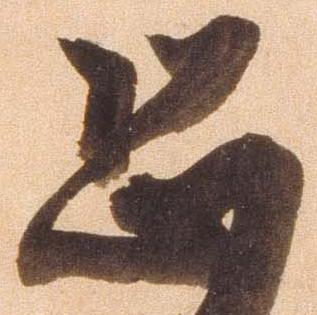
恐